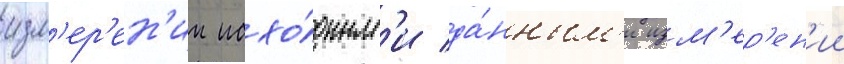
изм'ер'ен'ии исхо́дным'и да́нным'и изм'ер'ен'ии